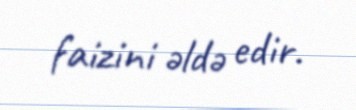
faizini əldə edir.